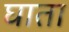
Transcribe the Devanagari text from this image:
घाता